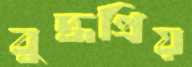
বুদ্ধপ্রিয়